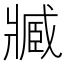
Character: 𤖔